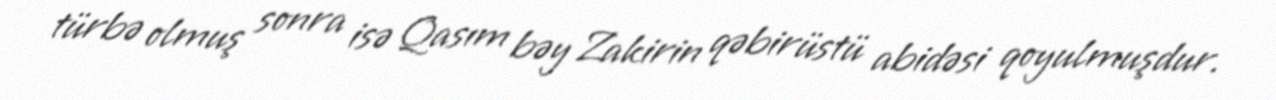
türbə olmuş sonra isə Qasım bəy Zakirin qəbirüstü abidəsi qoyulmuşdur.